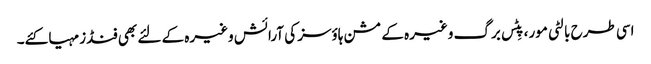
اسی طرح بالٹی مور، پِٹس برگ وغیرہ کے مشن ہاؤسز کی آرائش وغیرہ کے لئے بھی فنڈز مہیا کئے۔